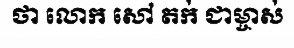
ថា លោក សៅ តក់ ជាម្ចាស់